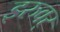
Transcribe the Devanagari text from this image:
इरुवर्